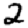
Digit: 2